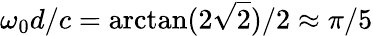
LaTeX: \omega_{0}d/c=\arctan(2\sqrt{2})/2\approx\pi/5